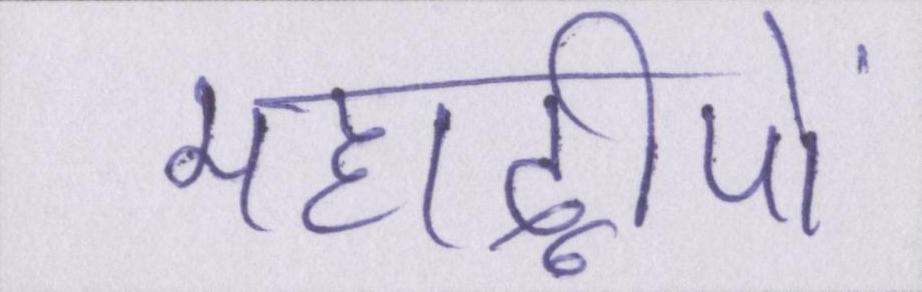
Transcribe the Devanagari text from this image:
महाद्वीपों